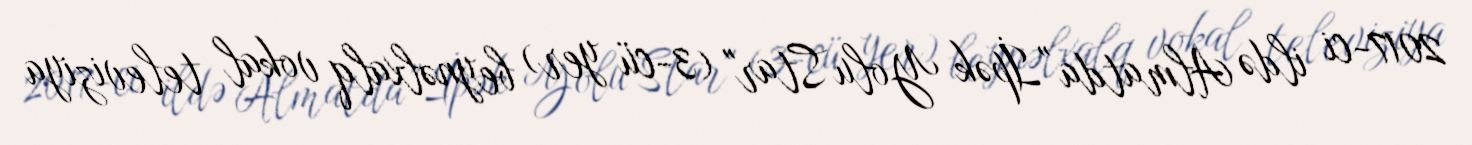
2017-ci ildə Almatda "İpək Yolu Star" (3-cü yer) beynəlxalq vokal televiziya